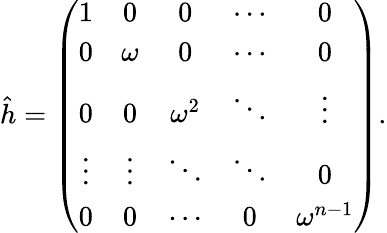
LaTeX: \hat{h}=\left(\begin{array}{ccccc}{{1}}&{{0}}&{{0}}&{{\cdots}}&{{0}}\\ {{0}}&{{\omega}}&{{0}}&{{\cdots}}&{{0}}\\ {{0}}&{{0}}&{{\omega^{2}}}&{{\ddots}}&{{\vdots}}\\ {{\vdots}}&{{\vdots}}&{{\ddots}}&{{\ddots}}&{{0}}\\ {{0}}&{{0}}&{{\cdots}}&{{0}}&{{\omega^{n-1}}}\end{array}\right).